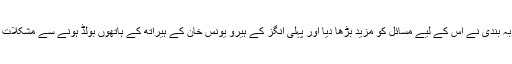
پاکستا ن کی دفاعی منصوبہ بندی نے اس کے لیے مسائل کو مزید بڑھا دیا اور پہلی انگز کے ہیرو یونس خان کے ہیراتھ کے ہاتھوں بولڈ ہونے سے مشکلات عیاں ہوکر سامنے آ گئیں۔